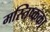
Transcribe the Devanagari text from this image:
मस्तिष्कका